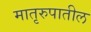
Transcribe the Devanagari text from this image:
मातृरुपातील